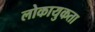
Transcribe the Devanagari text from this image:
लोकायुकता